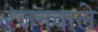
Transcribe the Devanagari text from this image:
रंजनवाले